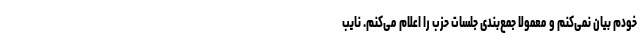
خودم بیان نمی‌کنم و معمولا جمع‌بندی جلسات حزب را اعلام می‌کنم. نایب